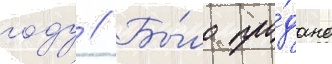
году // Бы́ло про́дано